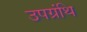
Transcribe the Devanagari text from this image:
उपग्रंथि